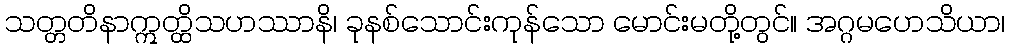
သတ္တတိနာဣတ္ထိသဟဿာနိ၊ ခုနစ်သောင်းကုန်သော မောင်းမတို့တွင်။ အဂ္ဂမဟေသိယာ၊